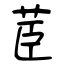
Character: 茞